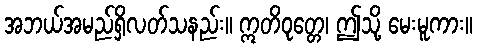
အဘယ်အမည်ရှိလတ်သနည်း။ ဣတိဝုတ္တေ၊ ဤသို့ မေးမူကား။